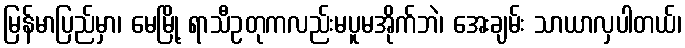
မြန်မာပြည်မှာ၊ မေမြို့ ရာသီဥတုကလည်းမပူမအိုက်ဘဲ၊ အေးချမ်း သာယာလှပါတယ်၊